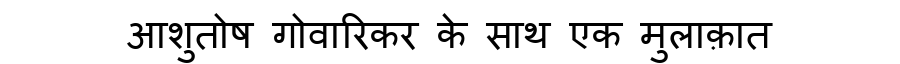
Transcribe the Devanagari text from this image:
आशुतोष गोवारिकर के साथ एक मुलाक़ात